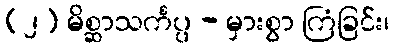
(၂) မိစ္ဆာသင်္ကပ္ပ - မှားစွာ ကြံခြင်း၊